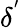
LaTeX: \delta^{'}